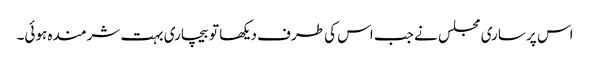
اس پر ساری مجلس نے جب اس کی طرف دیکھا تو بیچاری بہت شرمندہ ہوئی۔